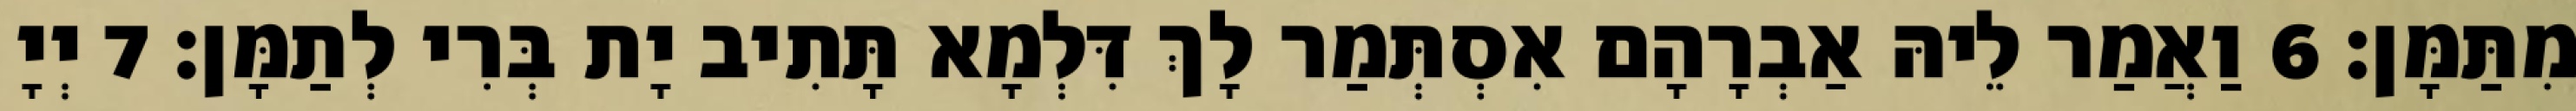
מִתַּמָּן׃ 6 וַאֲמַר לֵיהּ אַבְרָהָם אִסְתְּמַר לָךְ דִּלְמָא תָּתִיב יָת בְּרִי לְתַמָּן׃ 7 יְיָ